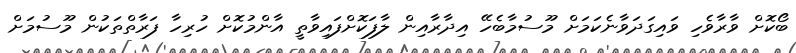
ބޯކޮށް ވާރާވެހި ވައިގަދަވާނެކަމަށް މޫސުމާބެހޭ އިދާރާއިން ލާފަކޮށްފައިވާތީ އާންމުކޮށް ހުރިހާ ފަރާތްތަކުން މޫސުމަށް